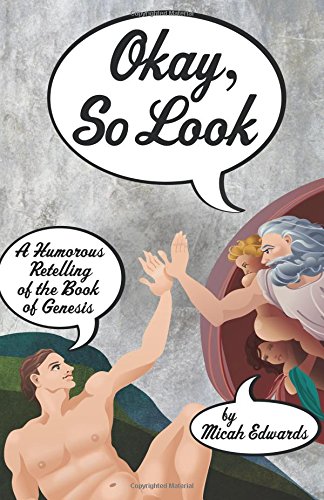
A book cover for Okay, So Look: A Humorous Retelling of the Book of Genesis; Micah Edwards; Humor & Entertainment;